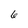
Character: 6